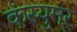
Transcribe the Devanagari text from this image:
कंस्युमर